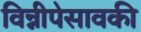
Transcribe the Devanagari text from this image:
विन्नीपेसावकी